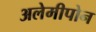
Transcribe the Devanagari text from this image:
अलेमीपोन